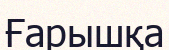
Ғарышқа